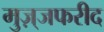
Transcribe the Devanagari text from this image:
मुज़्जफरीद